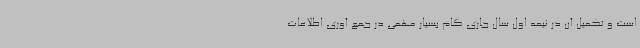
است و تکمیل آن در نیمه اول سال جاری گام بسیار مهمی در جمع آوری اطلاعات